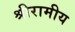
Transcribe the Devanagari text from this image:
श्रीरामीय